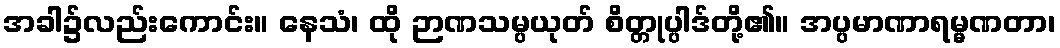
အခါ၌လည်းကောင်း။ နေသံ၊ ထို ဉာဏသမ္ပယုတ် စိတ္တုပ္ပါဒ်တို့၏။ အပ္ပမာဏာရမ္မဏတာ၊